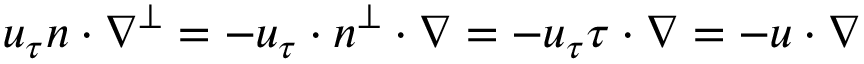
u _ { \tau } n \cdot \nabla ^ { \perp } = - u _ { \tau } \cdot n ^ { \perp } \cdot \nabla = - u _ { \tau } \tau \cdot \nabla = - u \cdot \nabla